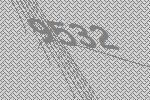
9532